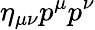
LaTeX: \eta_{\mu\nu}p^{\mu}p^{\nu}